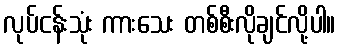
လုပ်ငန်းသုံး ကားသေး တစ်စီးလိုချင်လို့ပါ။